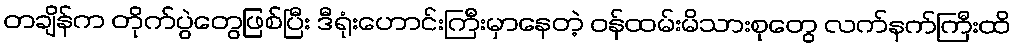
တချိန်က တိုက်ပွဲတွေဖြစ်ပြီး ဒီရုံးဟောင်းကြီးမှာနေတဲ့ ဝန်ထမ်းမိသားစုတွေ လက်နက်ကြီးထိ